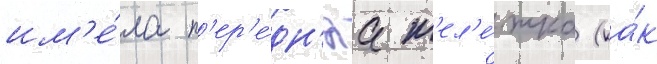
им'е́ла п'ер'е́дн'яа т'ел'е́жка (ка́к